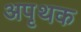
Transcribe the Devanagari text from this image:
अपृथक